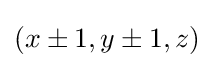
\textstyle (x\pm 1,y\pm 1,z)